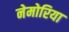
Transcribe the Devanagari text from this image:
नेमोरिया